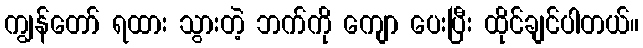
ကျွန်တော် ရထား သွားတဲ့ ဘက်ကို ကျော ပေးပြီး ထိုင်ချင်ပါတယ်။